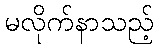
မလိုက်နာသည့်